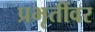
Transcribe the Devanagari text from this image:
प्रभृतींवर